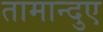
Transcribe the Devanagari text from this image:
तामान्दुए